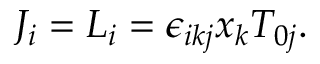
J _ { i } = L _ { i } = \epsilon _ { i k j } x _ { k } T _ { 0 j } .